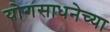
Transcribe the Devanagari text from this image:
योगसाधनेच्या